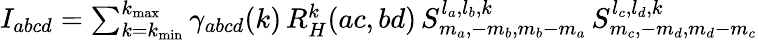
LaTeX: \begin{array}{r}{I_{abcd}=\sum_{k=k_{\mathrm{min}}}^{k_{\mathrm{max}}}\gamma_{abcd}(k)\, R_{H}^{k}(ac,bd)\, S_{m_{a},-m_{b},m_{b}-m_{a}}^{l_{a},l_{b},k}\, S_{m_{c},-m_{d},m_{d}-m_{c}}^{l_{c},l_{d},k}}\end{array}